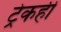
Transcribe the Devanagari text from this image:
ट्रेकही